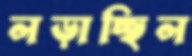
লড়াচ্ছিল